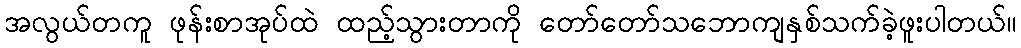
အလွယ်တကူ ဖုန်းစာအုပ်ထဲ ထည့်သွားတာကို တော်တော်သဘောကျနှစ်သက်ခဲ့ဖူးပါတယ်။